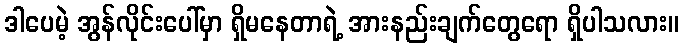
ဒါပေမဲ့ အွန်လိုင်းပေါ်မှာ ရှိမနေတာရဲ့ အားနည်းချက်တွေရော ရှိပါသလား။